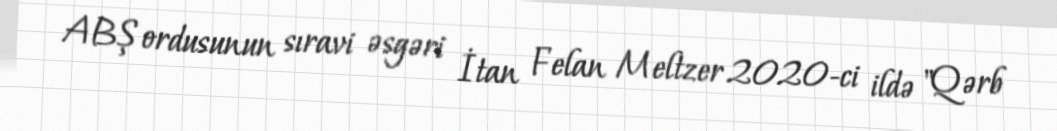
ABŞ ordusunun sıravi əsgəri İtan Felan Meltzer 2020-ci ildə "Qərb